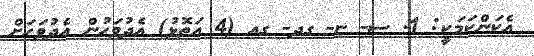
އެކަންކަމަކީ: 1. ސ- ޏ- ގދ- ގއ (4 އަތޮޅު) އެދުވަހުން އެދުވަހަށް